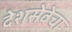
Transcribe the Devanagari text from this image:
देशसेवेचा